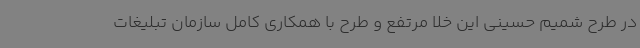
در طرح شمیم حسینی این خلا مرتفع و طرح با همکاری کامل سازمان تبلیغات